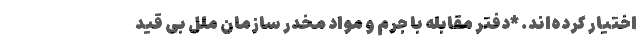
اختیار کرده‌اند. *دفتر مقابله با جرم و مواد مخدر سازمان ملل بی قید